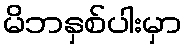
မိဘနှစ်ပါးမှာ